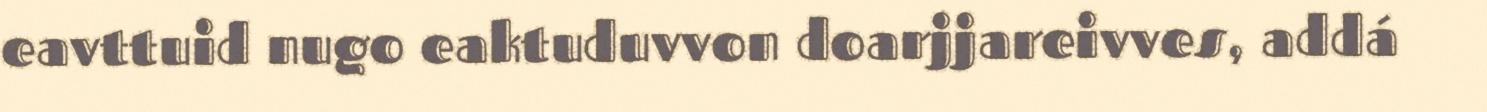
eavttuid nugo eaktuduvvon doarjjareivves, addá